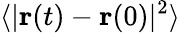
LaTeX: \langle|{\mathbf{r}}(t)-{\mathbf{r}}(0)|^{2}\rangle